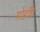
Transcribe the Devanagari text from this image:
मोहाँध